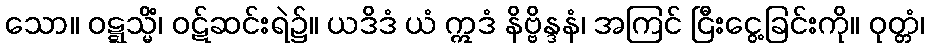
သော။ ဝဋ္ဋသ္မိံ၊ ဝဋ်ဆင်းရဲ၌။ ယဒိဒံ ယံ ဣဒံ နိဗ္ဗိန္ဒနံ၊ အကြင် ငြီးငွေ့ခြင်းကို။ ဝုတ္တံ၊